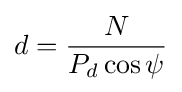
d={\frac {N}{P_{d}\cos \psi }}